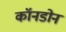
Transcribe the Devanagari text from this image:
कॉनडोन